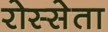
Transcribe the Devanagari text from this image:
रोस्सेता